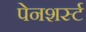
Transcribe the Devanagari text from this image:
पेनशर्स्ट